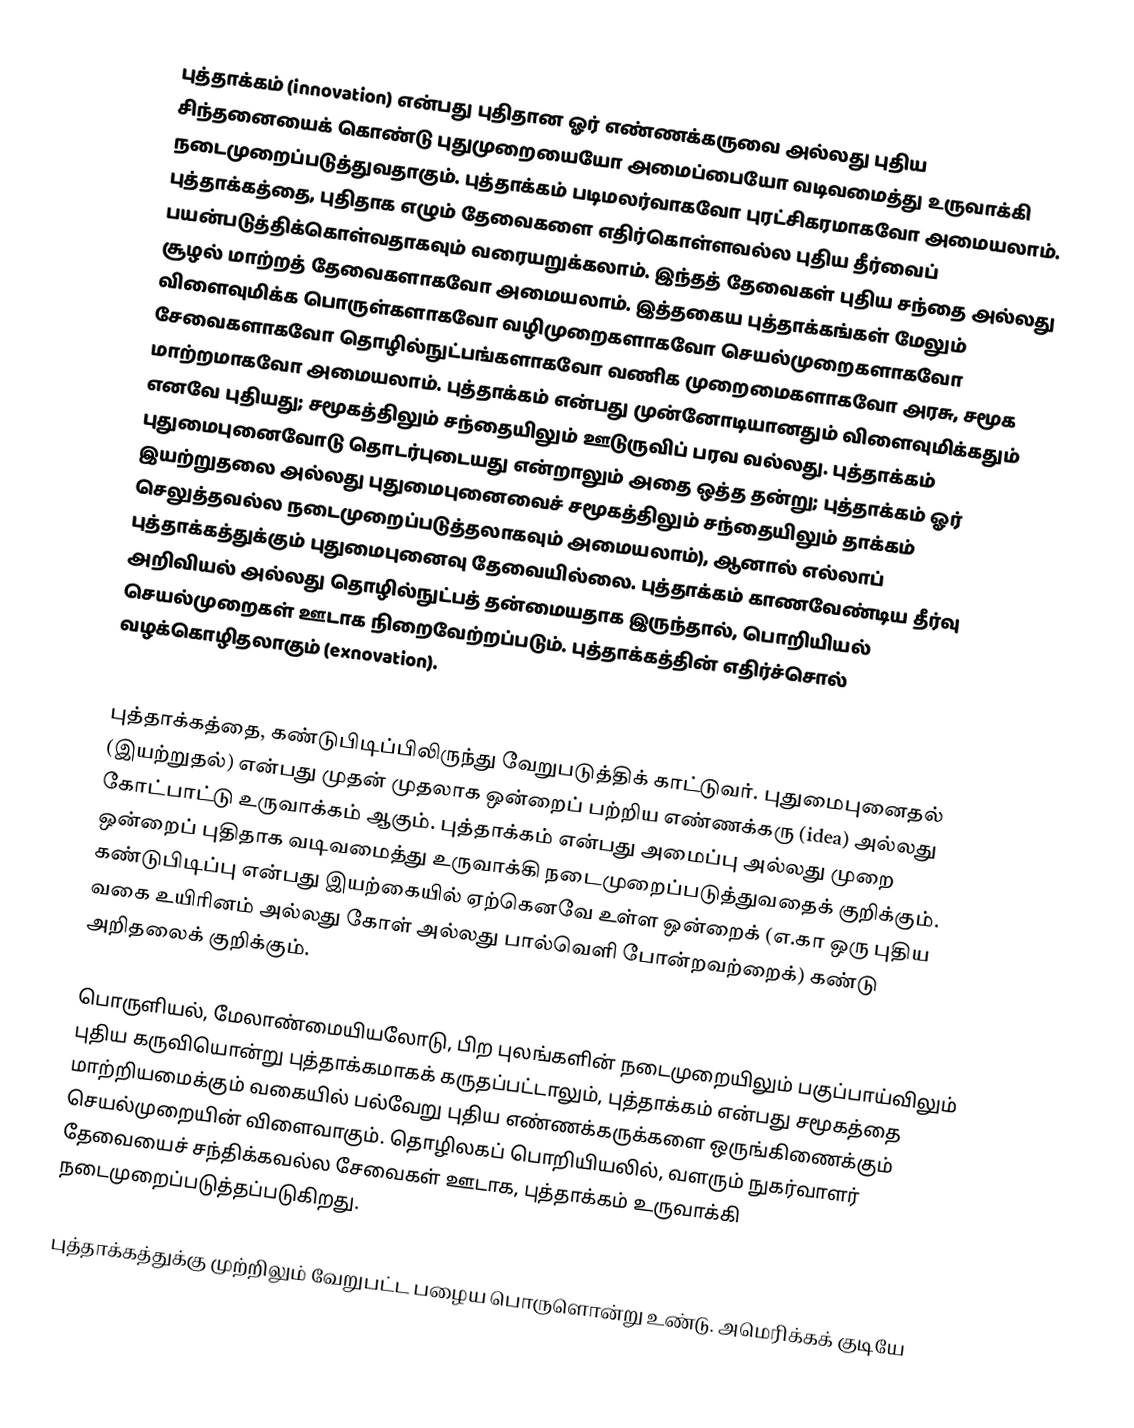
புத்தாக்கம் (innovation) என்பது புதிதான ஓர் எண்ணக்கருவை அல்லது புதிய சிந்தனையைக் கொண்டு  புதுமுறையையோ அமைப்பையோ வடிவமைத்து உருவாக்கி நடைமுறைப்படுத்துவதாகும்.  புத்தாக்கம் படிமலர்வாகவோ புரட்சிகரமாகவோ அமையலாம். புத்தாக்கத்தை, புதிதாக எழும் தேவைகளை எதிர்கொள்ளவல்ல புதிய தீர்வைப் பயன்படுத்திக்கொள்வதாகவும் வரையறுக்கலாம். இந்தத் தேவைகள் புதிய சந்தை அல்லது சூழல் மாற்றத் தேவைகளாகவோ அமையலாம். இத்தகைய புத்தாக்கங்கள் மேலும் விளைவுமிக்க பொருள்களாகவோ வழிமுறைகளாகவோ செயல்முறைகளாகவோ சேவைகளாகவோ தொழில்நுட்பங்களாகவோ வணிக முறைமைகளாகவோ அரசு, சமூக மாற்றமாகவோ அமையலாம். புத்தாக்கம் என்பது முன்னோடியானதும் விளைவுமிக்கதும் எனவே புதியது; சமூகத்திலும் சந்தையிலும் ஊடுருவிப் பரவ வல்லது. புத்தாக்கம் புதுமைபுனைவோடு தொடர்புடையது என்றாலும் அதை ஒத்த தன்று; புத்தாக்கம் ஓர் இயற்றுதலை அல்லது புதுமைபுனைவைச் சமூகத்திலும் சந்தையிலும் தாக்கம் செலுத்தவல்ல நடைமுறைப்படுத்தலாகவும் அமையலாம்),  ஆனால் எல்லாப் புத்தாக்கத்துக்கும் புதுமைபுனைவு தேவையில்லை.  புத்தாக்கம் காணவேண்டிய தீர்வு அறிவியல் அல்லது தொழில்நுட்பத் தன்மையதாக இருந்தால், பொறியியல் செயல்முறைகள் ஊடாக நிறைவேற்றப்படும். புத்தாக்கத்தின் எதிர்ச்சொல் வழக்கொழிதலாகும் (exnovation).

புத்தாக்கத்தை, கண்டுபிடிப்பிலிருந்து வேறுபடுத்திக் காட்டுவர். புதுமைபுனைதல் (இயற்றுதல்) என்பது முதன் முதலாக ஒன்றைப் பற்றிய எண்ணக்கரு (idea) அல்லது கோட்பாட்டு  உருவாக்கம் ஆகும். புத்தாக்கம் என்பது அமைப்பு அல்லது முறை ஒன்றைப் புதிதாக  வடிவமைத்து உருவாக்கி நடைமுறைப்படுத்துவதைக் குறிக்கும். கண்டுபிடிப்பு என்பது இயற்கையில் ஏற்கெனவே உள்ள ஒன்றைக் (எ.கா ஒரு புதிய வகை உயிரினம் அல்லது கோள் அல்லது பால்வெளி போன்றவற்றைக்) கண்டு அறிதலைக் குறிக்கும்.

பொருளியல், மேலாண்மையியலோடு, பிற புலங்களின் நடைமுறையிலும் பகுப்பாய்விலும் புதிய கருவியொன்று புத்தாக்கமாகக் கருதப்பட்டாலும்,  புத்தாக்கம் என்பது சமூகத்தை மாற்றியமைக்கும் வகையில் பல்வேறு புதிய எண்ணக்கருக்களை ஒருங்கிணைக்கும் செயல்முறையின் விளைவாகும். தொழிலகப் பொறியியலில்,  வளரும் நுகர்வாளர் தேவையைச் சந்திக்கவல்ல சேவைகள் ஊடாக, புத்தாக்கம் உருவாக்கி நடைமுறைப்படுத்தப்படுகிறது.

புத்தாக்கத்துக்கு முற்றிலும் வேறுபட்ட பழைய பொருளொன்று உண்டு.  அமெரிக்கக் குடியே